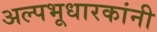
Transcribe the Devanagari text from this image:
अल्पभूधारकांनी